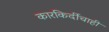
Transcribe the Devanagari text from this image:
कारकिर्दीचाही